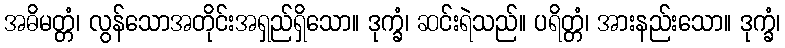
အဓိမတ္တံ၊ လွန်သောအတိုင်းအရှည်ရှိသော။ ဒုက္ခံ၊ ဆင်းရဲသည်။ ပရိတ္တံ၊ အားနည်းသော။ ဒုက္ခံ၊